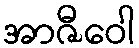
အာဇီဝေါ